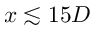
x \lesssim 1 5 D